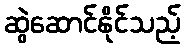
ဆွဲဆောင်နိုင်သည့်